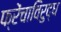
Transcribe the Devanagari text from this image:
फ्रेंचाविरुद्ध